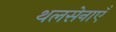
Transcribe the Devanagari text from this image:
थलसेनाएँ